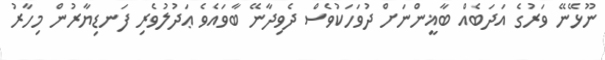
ނޫޅޭނޭ ވަރުގެ އަދަބެއް ބާޣީންނަށް ދުވަހަކުވެސް ދެވިދާނޭ ބާވައެވެ ޢަދުލުވެރި ފަނޑިޔާރުން މިހާރު